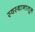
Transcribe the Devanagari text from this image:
स्वस्थानातून